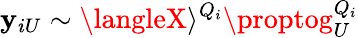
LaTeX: \mathbf{y}_{iU}\sim\langleX\rangle^{Q_{i}}\proptog_{U}^{Q_{i}}